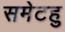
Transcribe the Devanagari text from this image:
समेटहु